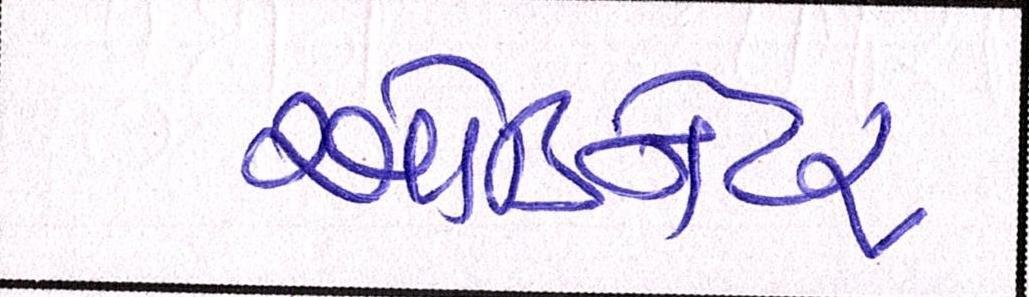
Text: ઓર્ડિનેટર